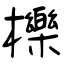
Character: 櫟